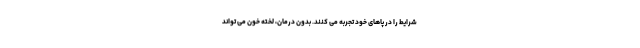
شرایط را در پاهای خود تجربه می کنند. بدون درمان، لخته خون می تواند